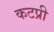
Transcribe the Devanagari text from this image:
कटप्री